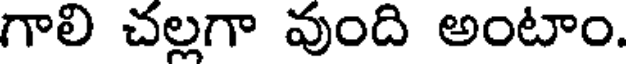
గాలి చల్లగా వుంది అంటాం.